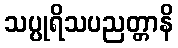
သပ္ပုရိသပညတ္တာနိ